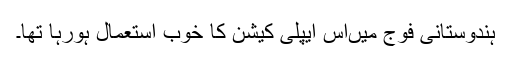
ہندوستانی فوج میںاس ایپلی کیشن کا خوب استعمال ہورہا تھا۔